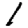
Digit: 1